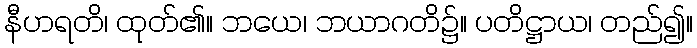
နီဟရတိ၊ ထုတ်၏။ ဘယေ၊ ဘယာဂတိ၌။ ပတိဋ္ဌာယ၊ တည်၍။